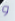
و